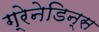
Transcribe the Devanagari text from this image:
ग्रेनेडिन्स